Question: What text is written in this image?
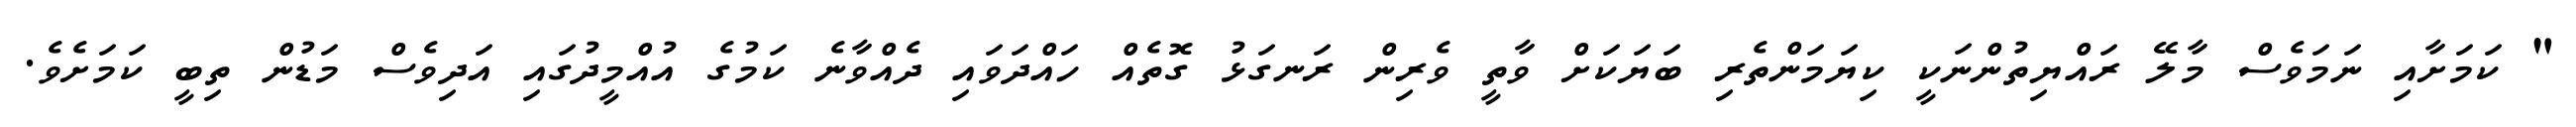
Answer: " ކަމަށާއި ނަމަވެސް މާލޭ ރައްޔިތުންނަކީ ކިޔަމަންތެރި ބަޔަކަށް ވާތީ ވެރިން ރަނގަޅު ގޮތެއް ހައްދަވައި ދެއްވާނެ ކަމުގެ އުއްމީދުގައި އަދިވެސް މަޑުން ތިބީ ކަމަށެވެ.